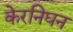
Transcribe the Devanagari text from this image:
केरनिघन